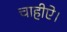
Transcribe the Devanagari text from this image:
चाहीऐ।